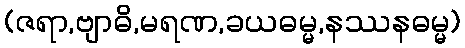
(ဇရာ,ဗျာဓိ,မရဏ,ခယဓမ္မ,နဿနဓမ္မ)